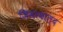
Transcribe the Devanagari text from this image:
जिमरवाल्द